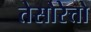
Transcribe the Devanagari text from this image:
तेसोरेत्तो